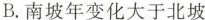
B.南坡年变化大于北坡